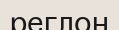
реглон